system: You are a helpful assistant.
user:
Analyze the provided spectrum to determine if it is a **Carbon Star (C-type)**.

- **Key Visual Indicators of Carbon Star:**
    - **(Primary):** Strong molecular absorption from **C₂ (diatomic carbon) "Swan Bands."** This is the **defining feature** of a carbon star.
        - **(Key Bandheads):** Sharp absorption edges are visible at approximately $5635$ Å, $5165$ Å (the strongest band), and $4737$ Å.
        - **(Line Profile):** Creates a distinct **"saw-tooth"** pattern. The key morphology is a sharp, steep bandhead on the **red (long-wavelength) side**, which then gradually tapers off (i.e., flux recovers) towards the **blue (short-wavelength) side**. *(This is the direct opposite of the TiO bands seen in M-type stars)*.

    - **(Secondary):** Intense **CN (cyanogen)** molecular absorption bands.
        - **(Key Bandheads):** Located in the blue and violet regions of the spectrum (e.g., near $4215$ Å and $3883$ Å).
        - **(Morphology):** These bands are extremely broad and act as a "blanket," absorbing the vast majority of blue and violet light. This creates a characteristic **"cliff"** or **"steep drop-off"** in the spectrum's flux at short wavelengths.

    - **(Key Confirmation):** Strong **CH absorption band (G-band)**.
        - **(Key Bandhead):** Located around $4300$ Å. The contribution from CH molecules to this band is exceptionally strong.

    - **(Overall Spectrum):**
        - The continuum is severely "chopped up" by these deep molecular bands, especially C₂, rather than appearing as a smooth curve.
        - Due to the heavy CN and C₂ absorption in the blue-green, the vast majority of the star's flux is concentrated in the red part of the spectrum, giving the star its characteristic deep red color.

Think first, call **spectral_visualization_tool** if needed to examine features in detail, then provide your final answer. Your response must adhere to the following strict rules:
1.  **Overall Structure:** Your response must follow the format `<think>...</think> <tool_call>...</tool_call> (if a tool is used) <answer>...</answer>`.
2.  **Tool Usage Constraint:** You may only make **one** tool call per turn.
3.  **Final Answer Format:** In the `<answer>` tag, your conclusion must be inside a `\boxed{}` command (e.g., `\boxed{YES}`), followed by your justification.

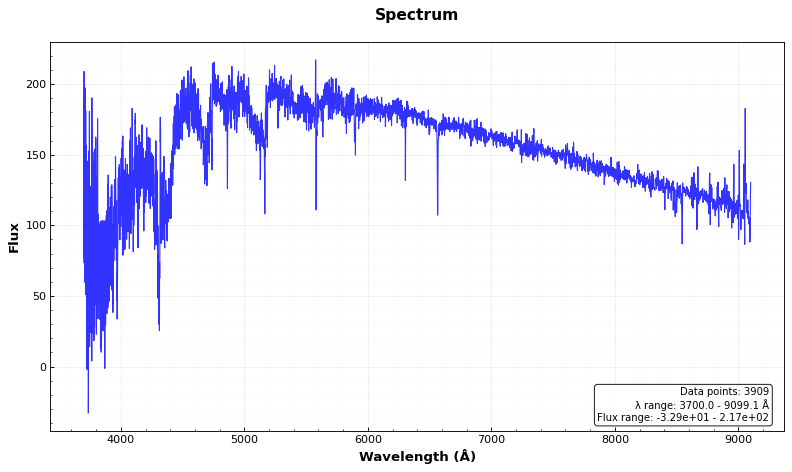
Answer: YES